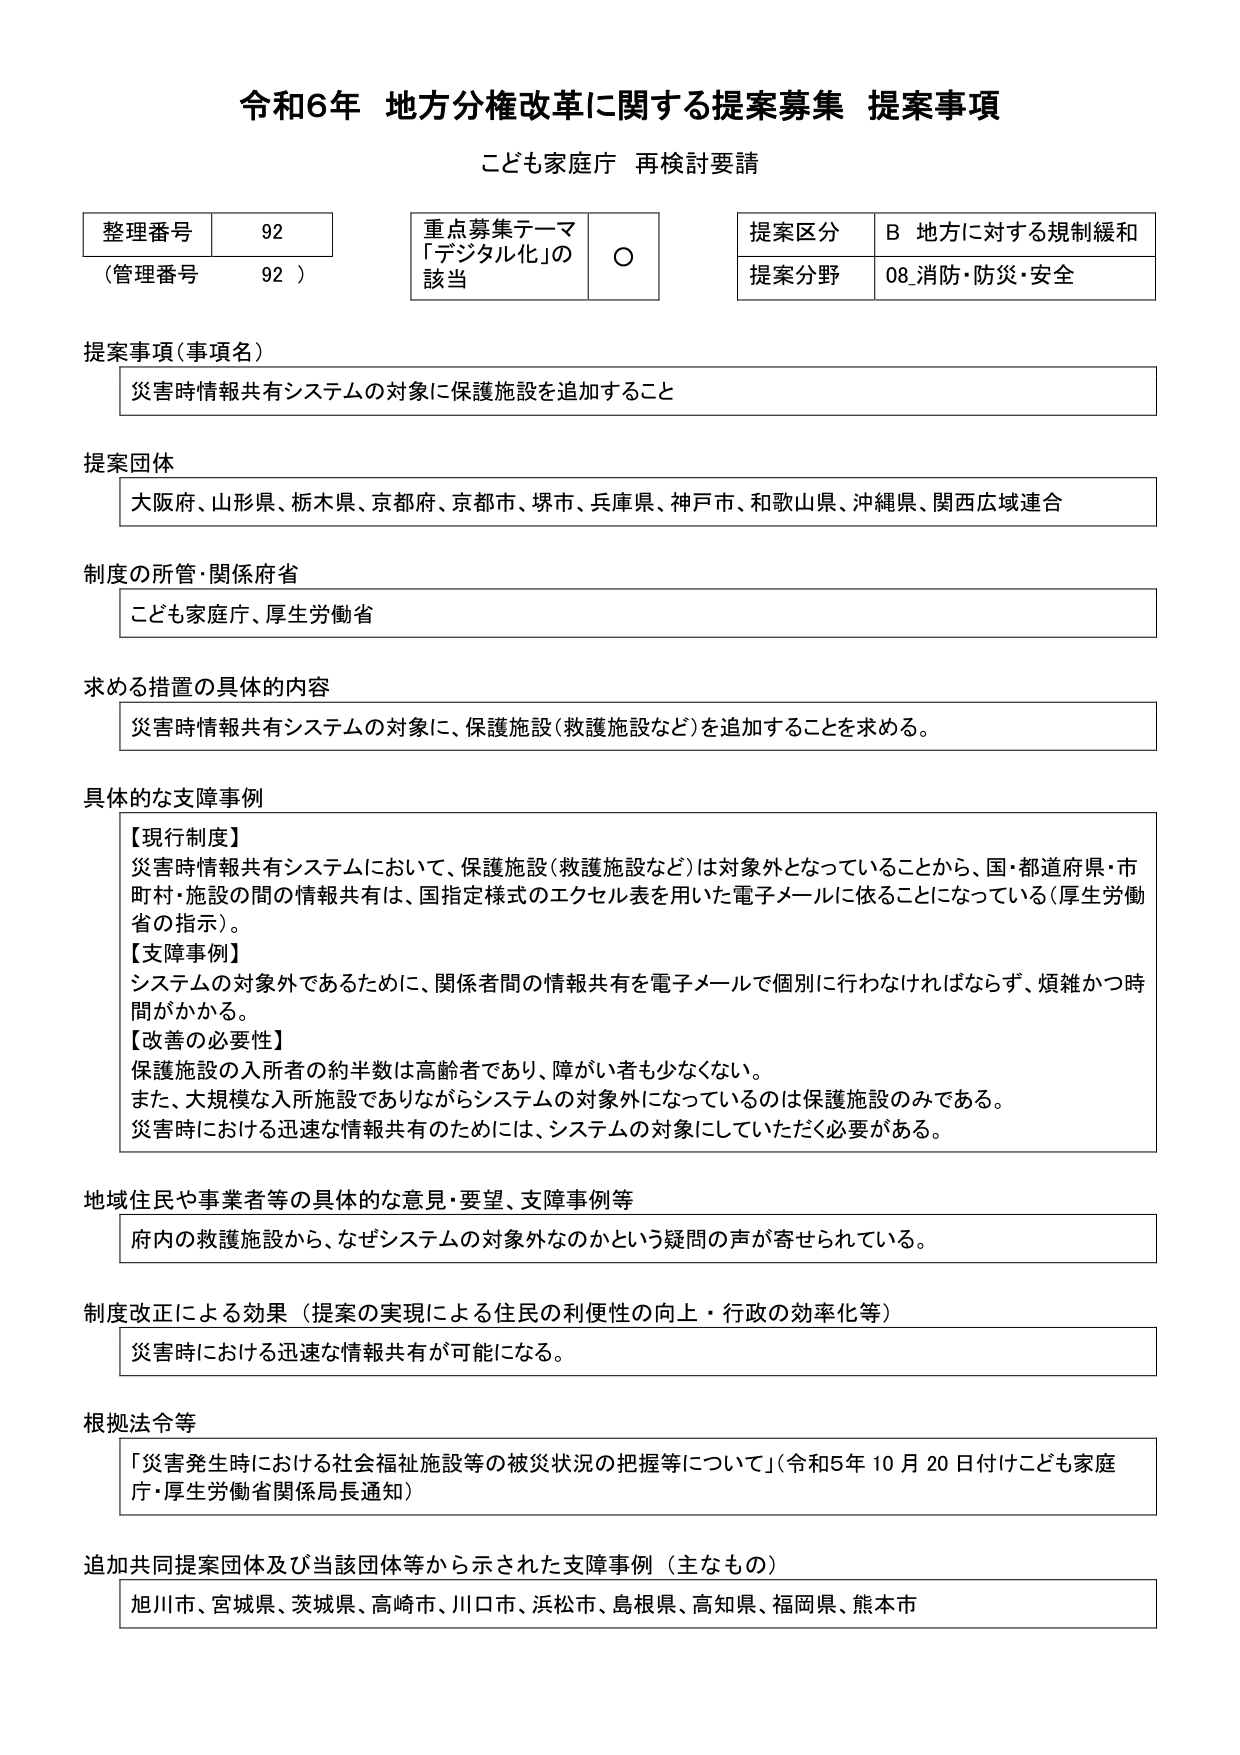
令和6年 地方分権改革に関する提案募集 提案事項
こども家庭庁 再検討要請

整理番号 92
（管理番号 92）

重点募集テーマ
「デジタル化」の
該当 ○

提案区分 B 地方に対する規制緩和
提案分野 08 消防・防災・安全

提案事項（事項名）
災害時情報共有システムの対象に保護施設を追加すること

提案団体
大阪府、山形県、栃木県、京都府、京都市、堺市、兵庫県、神戸市、和歌山県、沖縄県、関西広域連合

制度の所管・関係府省
こども家庭庁、厚生労働省

求める措置の具体的内容
災害時情報共有システムの対象に、保護施設（救護施設など）を追加することを求める。

具体的な支障事例
【現行制度】
災害時情報共有システムにおいて、保護施設（救護施設など）は対象外となっていることから、国・都道府県・市町村・施設の間の情報共有は、国指定様式のエクセル表を用いた電子メールに依ることになっている（厚生労働省の指示）。
【支障事例】
システムの対象外であるために、関係者間の情報共有を電子メールで個別に行わなければならず、煩雑かつ時間がかかる。
【改善の必要性】
保護施設の入所者の約半数は高齢者であり、障がい者も少なくない。
また、大規模な入所施設でありながらシステムの対象外になっているのは保護施設のみである。
災害時における迅速な情報共有のためには、システムの対象にしていただく必要がある。

地域住民や事業者等の具体的な意見・要望、支障事例等
府内の救護施設から、なぜシステムの対象外なのかという疑問の声が寄せられている。

制度改正による効果（提案の実現による住民の利便性の向上・行政の効率化等）
災害時における迅速な情報共有が可能になる。

根拠法令等
「災害発生時における社会福祉施設等の被災状況の把握等について」（令和5年10月20日付けこども家庭庁・厚生労働省関係局長通知）

追加共同提案団体及び当該団体等から示された支障事例（主なもの）
旭川市、宮城県、茨城県、高崎市、川口市、浜松市、島根県、高知県、福岡県、熊本市